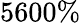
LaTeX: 5600\%